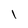
Character: l